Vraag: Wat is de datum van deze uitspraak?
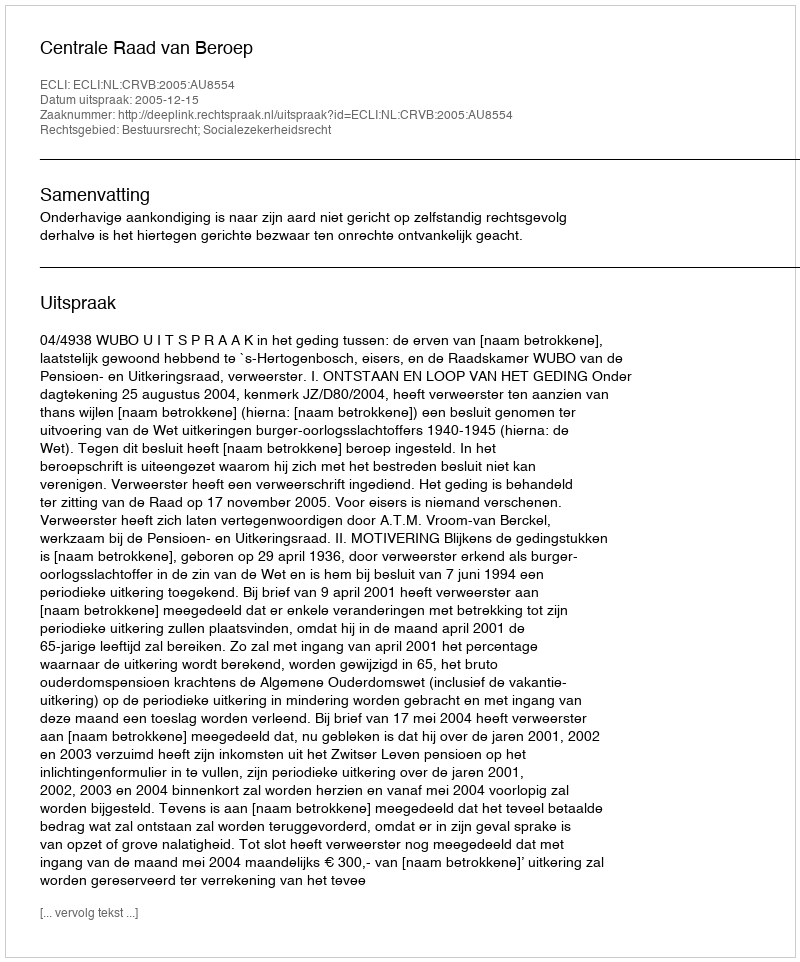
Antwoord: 2005-12-15